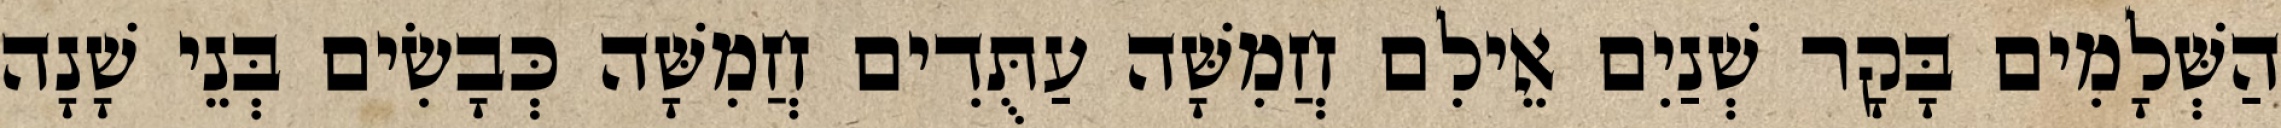
הַשְּׁלָמִים בָּקָר שְׁנַיִם אֵילִם חֲמִשָּׁה עַתֻּדִים חֲמִשָּׁה כְּבָשִׂים בְּנֵי שָׁנָה